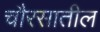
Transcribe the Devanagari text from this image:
चौरसातील